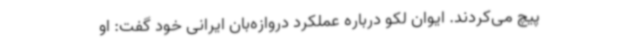
پیچ می‌کردند. ایوان لکو درباره عملکرد دروازه‌بان ایرانی خود گفت: او